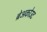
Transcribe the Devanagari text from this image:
ब्रेअकोउट